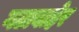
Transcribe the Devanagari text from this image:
गटाबाहेर